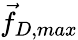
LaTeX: \vec{f}_{D,max}